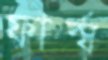
ফার্স্ব